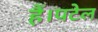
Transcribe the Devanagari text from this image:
हैं।पटेल